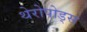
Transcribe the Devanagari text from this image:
थेरोपोड्स